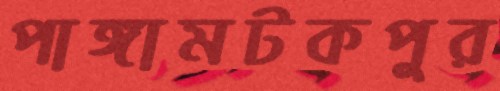
পাঙ্গামটকপুর